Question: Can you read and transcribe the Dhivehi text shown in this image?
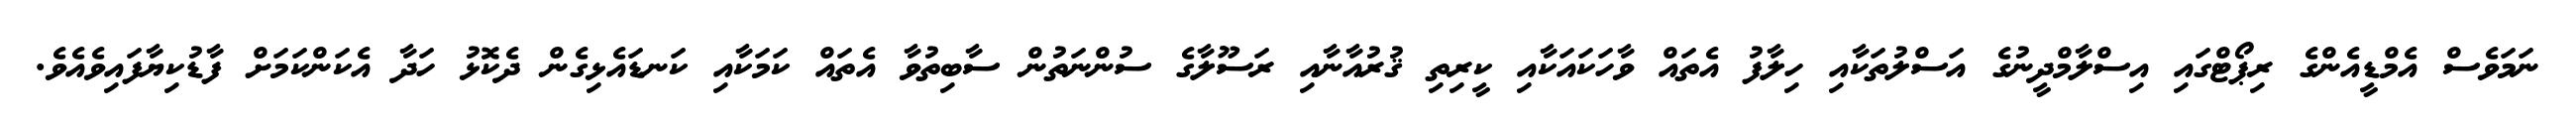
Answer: ނަމަވެސް އެމްޑީއެންގެ ރިޕޯޓްގައި އިސްލާމްދީނުގެ އަސްލުތަކާއި ހިލާފު އެތައް ވާހަކައަކާއި ކީރިތި ޤުރުއާނާއި ރަސޫލާގެ ސުންނަތުން ސާބިތުވާ އެތައް ކަމަކާއި ކަނޑައެޅިގެން ދެކޮޅު ހަދާ އެކަންކަމަށް ފާޑުކިޔާފައިވެއެވެ.